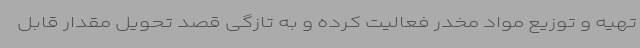
تهیه و توزیع مواد مخدر فعالیت کرده و به تازگی قصد تحویل مقدار قابل